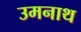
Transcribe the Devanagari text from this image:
उमनाथ